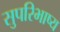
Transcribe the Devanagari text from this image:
सुपरिभाष्य